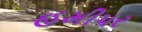
હમીપર